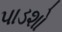
પાડશો